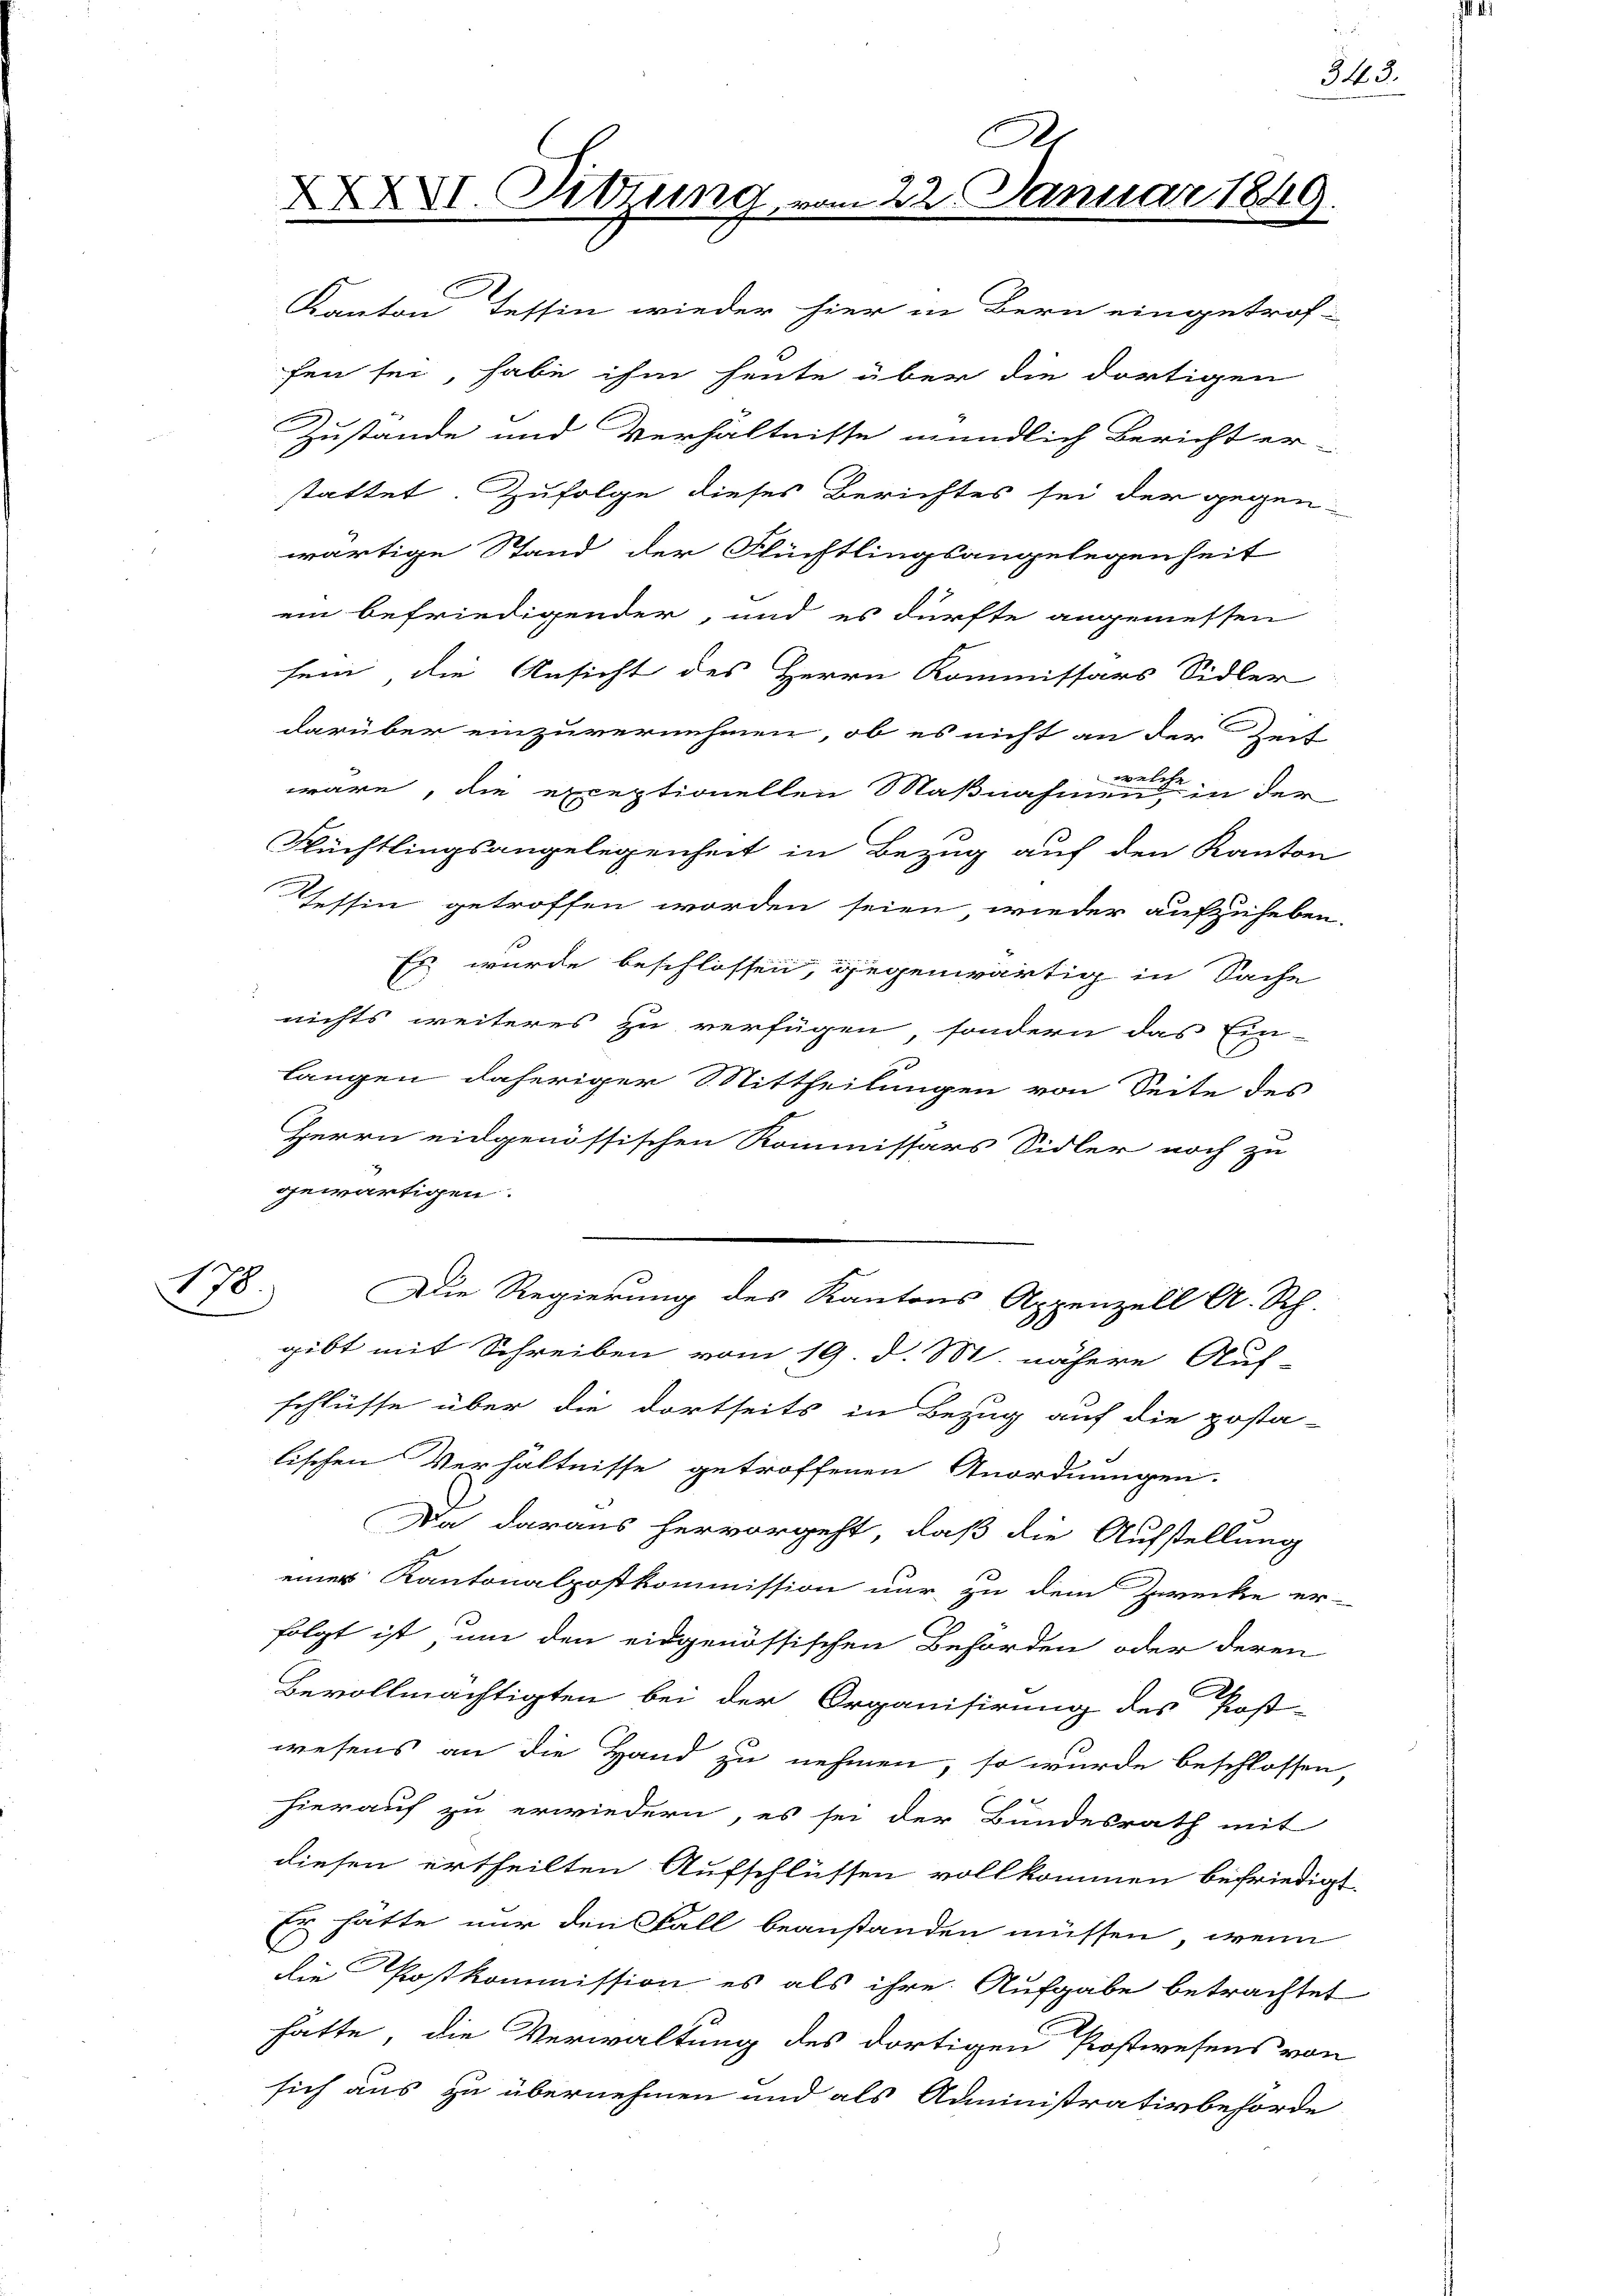
178.

A
XXVI. Sitzung vom 22. Januar 1849.
Kanton Tessin wieder hier in Bern eingetrof¬

fen sei, habe ihm heute über die dortigen
Zustande und Verhältnisse mündlich Bericht er-
stattet. Zufolge dieses Berichtes sei der gegenwärtige Stand der Flüchtlingsangelegenheit
ein befriedigender, und es dürfte angemessen
sein, die Ansicht des Herrn Kommissars Sidler
darüber einzuvernehmen, ob es nicht an der Zeit
wäre, die exceptionellen Maßnahmen in der
Nüchtlingsangelegenheit in Bezug auf den Kanton
Tessin getroffen worden seien wieder aufzuheben.
Es wurde beschlossen, gegenwärtig in Sache
.
nichts weiteres zu verfügen, sondern das Ein-
langen daheriger Mittheilungen von Seite des
Herrn eidgenössischen Kommissars Sidler noch zu
gewärtigen.
Die Regierung des Kantons Appenzell A. Rch.
gibt mit Schreiben vom 19. d. M. nähere Auf-
schlüsse über die dortseits in Bezug auf die posta-
lischen Verhältnisse getroffenen Anordnungen.
Da daraus hervorgeht, daß die Aufstellung
einer Kantonalpostkommission nur zu dem Zwecke er-
folgt ist, um den eidgenössischen Behörden oder deren
Bevollmächtigten bei der Organisirung des Post-
wesens an die Hand zu nehmen, so wurde beschlossen,
hierauf zu erwiedern, es sei der Bundesrath mit
diesen ertheilten Aufschlüssen vollkommen befriedigt.
Er hätte nur den Fall beanstanden müssen, wenn
die Postkommission es als ihre Aufgabe betrachtet
hätte, die Verwaltung des dortigen Postwesens von
sich aus zu übernehmen und als Administrativbehörde

343.